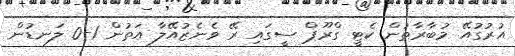
އުރުގުއޭ މުބާރާތުން ކެޓީ ގްރޫޕް ސީގައި ރޭ ވެނެޒުއޭލާ އަތުން 1-0 ލަނޑުން